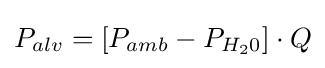
P_{alv}=[P_{amb}-P_{H_{2}0}]\cdot Q